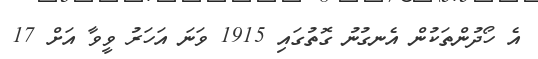
އެ ހޯދުންތަކުން އެނގުނު ގޮތުގައި 1915 ވަނަ އަހަރު ވީވާ އަށް 17